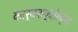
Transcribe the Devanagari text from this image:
कार्यशक्तीच्या